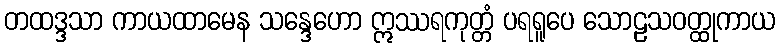
တထဒ္ဒသာ ကာယထာမေန သန္ဒေဟော ဣဿရကုတ္တံ ပရရူပေ သောဠသဝတ္ထုကာယ